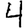
Digit: 4